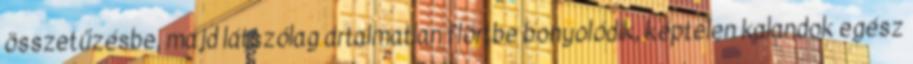
összetűzésbe, majd látszólag ártalmatlan flörtbe bonyolódik, képtelen kalandok egész